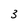
Character: 3